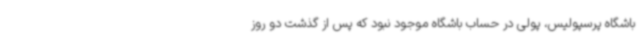
باشگاه پرسپولیس، پولی در حساب باشگاه موجود نبود که پس از گذشت دو روز